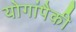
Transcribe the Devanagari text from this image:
योगांपैकी